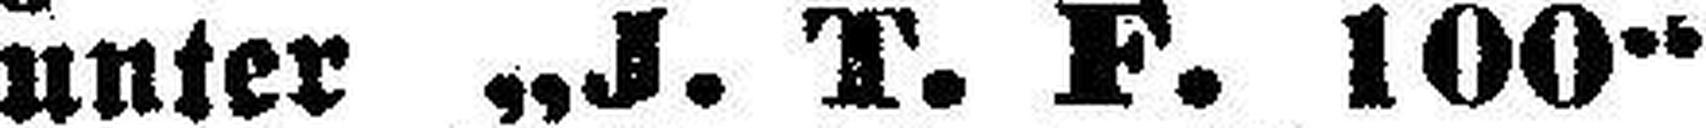
unter „J. T. F. 100“